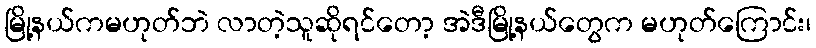
မြို့နယ်ကမဟုတ်ဘဲ လာတဲ့သူဆိုရင်တော့ အဲဒီမြို့နယ်တွေက မဟုတ်ကြောင်း၊